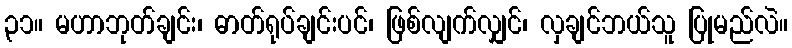
၃၁။ မဟာဘုတ်ချင်း၊ ဓာတ်ရုပ်ချင်းပင်၊ ဖြစ်လျက်လျှင်၊ လှချင်ဘယ်သူ ပြုမည်လဲ။